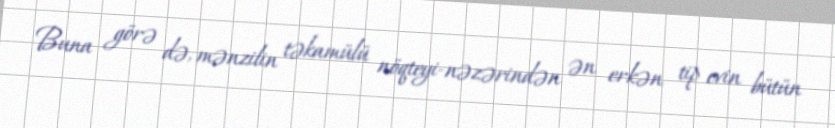
Buna görə də, mənzilin təkamülü nöqteyi-nəzərindən ən erkən tip evin bütün